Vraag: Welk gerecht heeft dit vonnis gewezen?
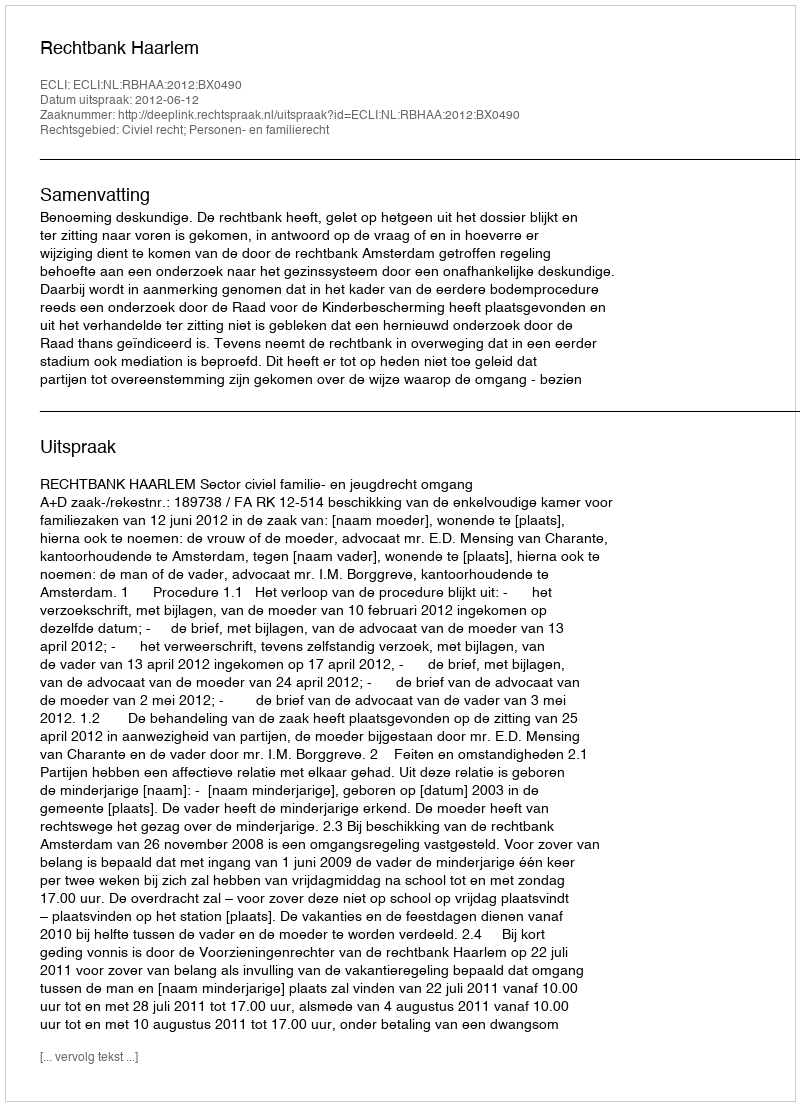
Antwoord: Rechtbank Haarlem